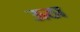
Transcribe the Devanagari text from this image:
ऊठा